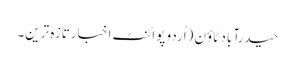
حیدرآباد ٹاؤن (اُردو پوائنٹ اخبارتازہ ترین۔